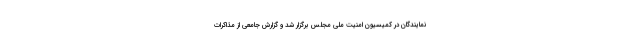
نمایندگان در کمیسیون امنیت ملی مجلس برگزار شد و گزارش جامعی از مذاکرات